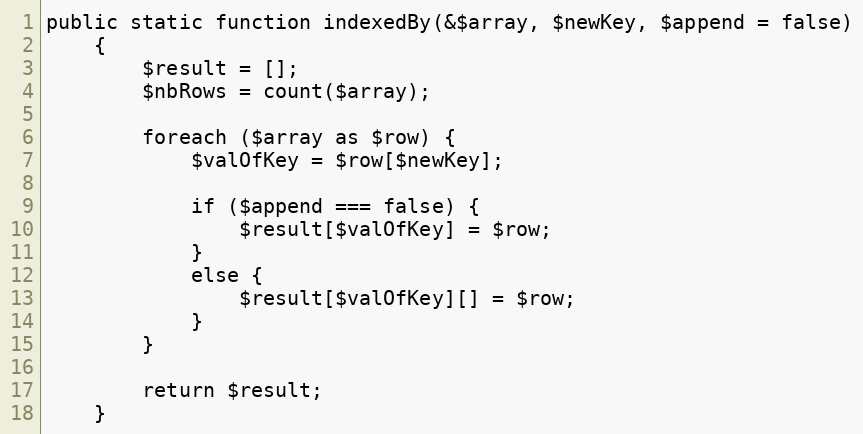
Language: PHP
public static function indexedBy(&$array, $newKey, $append = false)
    {
        $result = [];
        $nbRows = count($array);

        foreach ($array as $row) {
            $valOfKey = $row[$newKey];

            if ($append === false) {
                $result[$valOfKey] = $row;
            }
            else {
                $result[$valOfKey][] = $row;
            }
        }

        return $result;
    }